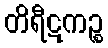
တိရီဋကဉ္စ